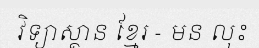
វិទ្យាស្ថាន ខ្មែរ - មន លុះ